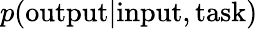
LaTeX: p(\textrm{output}|\textrm{input},\textrm{task})